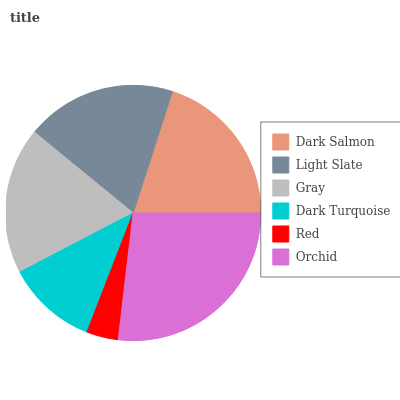
| Dark Salmon | Light Slate | Gray | Dark Turquoise | Red | Orchid |
 | --- | --- | --- | --- | --- | --- |
 | 20% | 19.1% | 18.6% | 11.5% | 4.02% | 26.9% |